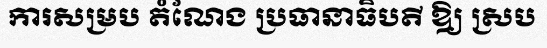
ការសម្រប តំណែង ប្រធានាធិបតី ឱ្យ ស្រប